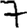
Digit: 7